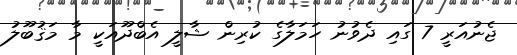
ޖެނުއަރީ 7 ގައި ދެވުނު ހަމަލާގެ ކުރިން ޝާލީ އެބްދޫއަކީ މާ މަޤުބޫލު